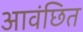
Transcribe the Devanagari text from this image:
आवंछित